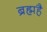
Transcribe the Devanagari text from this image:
ब्रह्महै